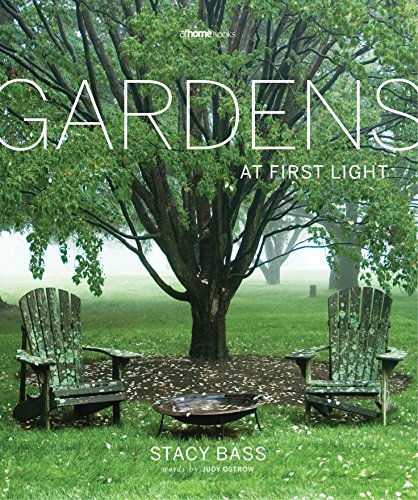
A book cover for Gardens at First Light; Stacy Bass; Crafts, Hobbies & Home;